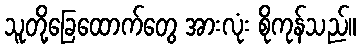
သူတို့ခြေထောက်တွေ အားလုံး စိုကုန်သည်။